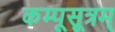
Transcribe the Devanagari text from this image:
कम्पूसूत्रम्